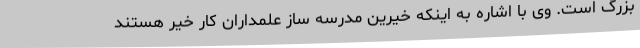
بزرگ است. وی با اشاره به اینکه خیرین مدرسه ساز علمداران کار خیر هستند